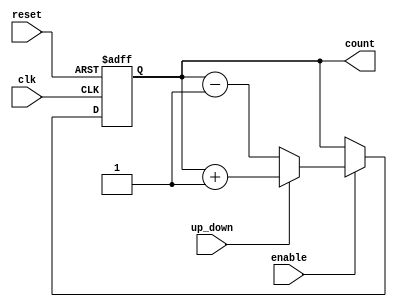
module up_down_counter (
    input wire clk,          // Clock signal
    input wire reset,        // Asynchronous reset
    input wire up_down,      // Control signal for counting direction
    input wire enable,       // Enable signal for counting
    output reg [7:0] count   // 8-bit counter output (adjust width as needed)
);

// Asynchronous reset and counting logic
always @(posedge clk or posedge reset) begin
    if (reset) begin
        count <= 8'b0;      // Reset the counter to 0
    end else if (enable) begin
        if (up_down) begin
            count <= count + 1; // Increment the counter
        end else begin
            count <= count - 1; // Decrement the counter
        end
    end
    // If enable is low, the counter retains its value
end

endmodule